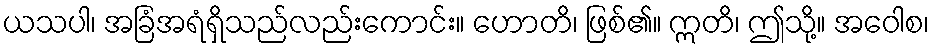
ယသပါ၊ အခြံအရံရှိသည်လည်းကောင်း။ ဟောတိ၊ ဖြစ်၏။ ဣတိ၊ ဤသို့။ အဝေါစ၊